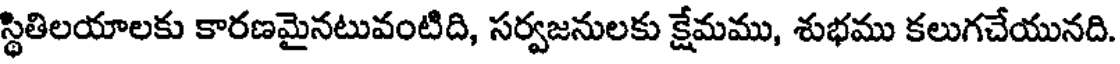
స్థితిలయాలకు కారణమైనటువంటిది, సర్వజనులకు క్షేమము, శుభము కలుగచేయునది.